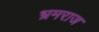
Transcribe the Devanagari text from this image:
भ्रमराज